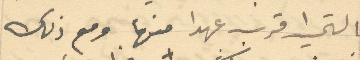
التي اقرب عهدا منها ومع ذلك